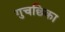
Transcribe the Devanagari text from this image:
गुचछिका